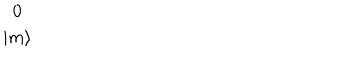
\begin{array} { c } { { 0 } } \\ { { \mid m \rangle } } \\ \end{array}